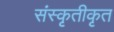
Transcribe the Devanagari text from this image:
संस्कृतीकृत